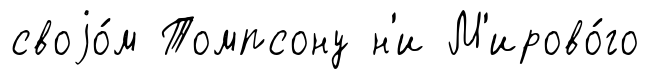
своjо́м Томпсону н'и М'ирово́го